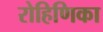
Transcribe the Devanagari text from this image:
रोहिणिका